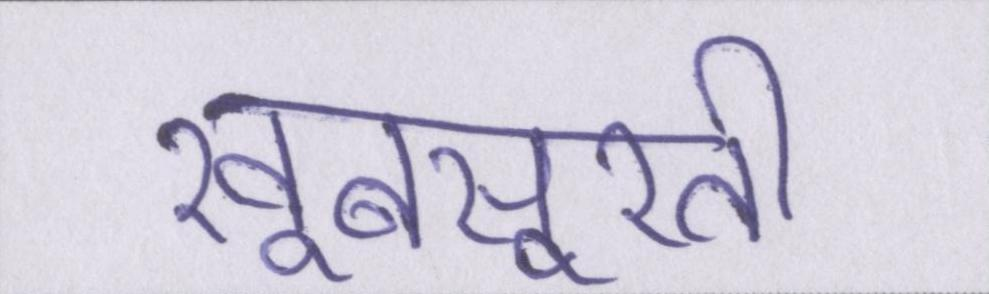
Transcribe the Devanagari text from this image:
खूबसूरती